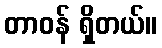
တာဝန် ရှိတယ်။